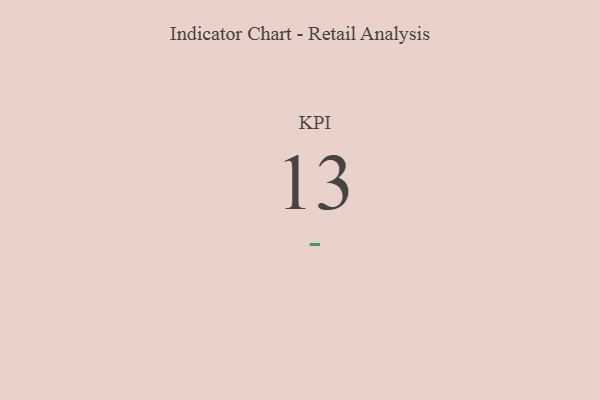
{"axis": {"x": "KPI", "y": "Value"}, "legend": [""], "data": [{"x": "KPI", "y": 13, "type": ""}]}